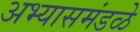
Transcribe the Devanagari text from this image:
अभ्यासमंडळे